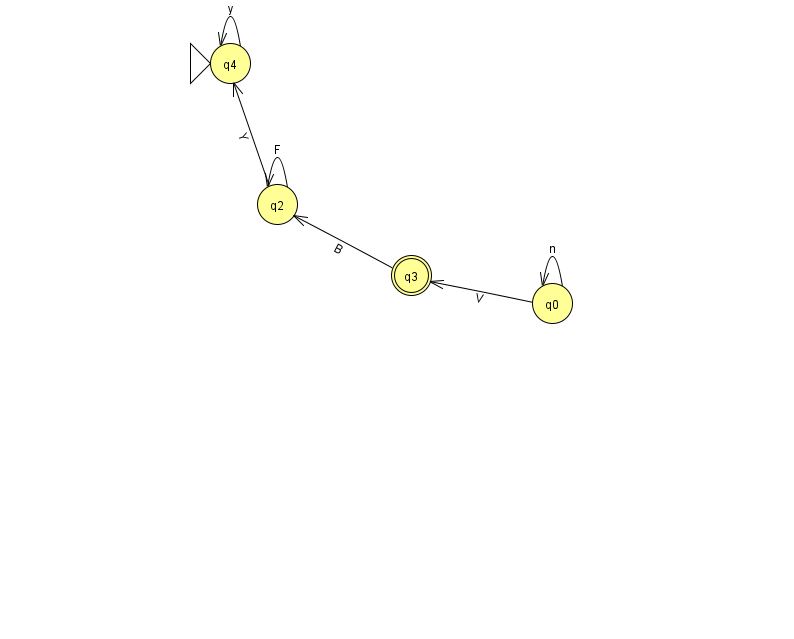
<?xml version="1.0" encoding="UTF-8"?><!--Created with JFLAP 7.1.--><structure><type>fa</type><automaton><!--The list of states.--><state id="0" name="q0"><x>552.0</x><y>290.0</y></state><state id="2" name="q2"><x>277.0</x><y>191.0</y></state><state id="3" name="q3"><x>411.0</x><y>262.0</y><final/></state><state id="4" name="q4"><x>230.0</x><y>50.0</y><initial/></state><!--The list of transitions.--><transition><from>3</from><to>2</to><read>B</read></transition><transition><from>2</from><to>2</to><read>F</read></transition><transition><from>2</from><to>4</to><read>Y</read></transition><transition><from>4</from><to>4</to><read>y</read></transition><transition><from>0</from><to>3</to><read>V</read></transition><transition><from>0</from><to>0</to><read>n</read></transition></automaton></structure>